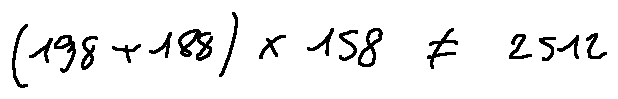
( 1 9 8 + 1 8 8 ) \times 1 5 8 \neq 2 5 1 2